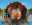
স